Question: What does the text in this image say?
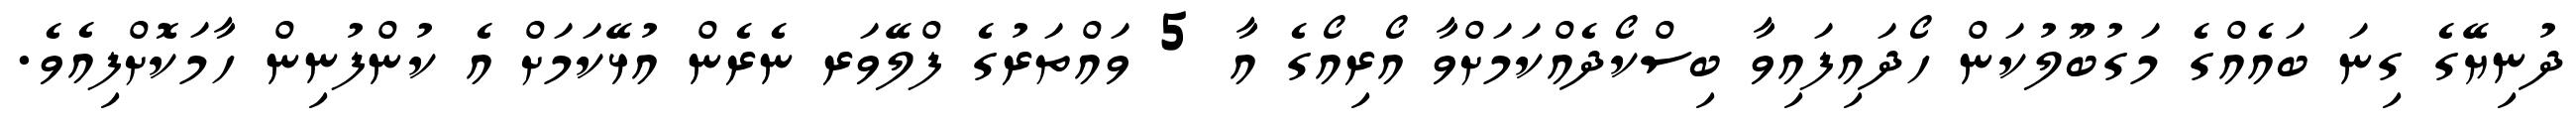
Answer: ދުނިޔޭގެ ގިނަ ބައެއްގެ މަގުބޫލުކަން ހޯދައިފައިވާ ބިސްކޯދެއްކަމަށްވާ އޯރިއޯގެ އާ 5 ވައްތަރުގެ ފްލޭވަރ ނެރެން އުޅޭކަމަށް އެ ކުންފުނިން ހާމަކޮށްފިއެވެ.